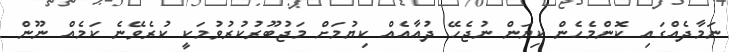
ނަމާދެއްގައި ކޮންމެހެން ކިޔަން ނުޖެހޭ ދުއާއެއް ކިޔުމަށް މަޖުބޫރުކުރުވުމަކީ ކުރެވޭނެ ކަމެއް ނޫން